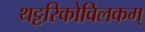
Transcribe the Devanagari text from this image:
थट्टरिकोविलकम्